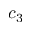
c _ { 3 }